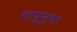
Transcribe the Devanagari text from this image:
टापूनुमा